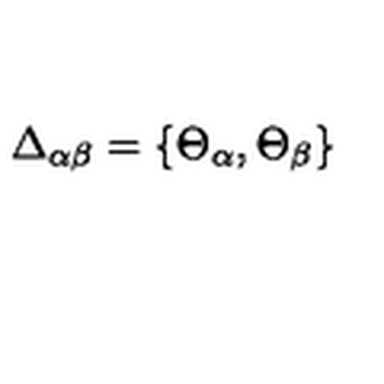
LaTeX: \Delta _ { \alpha \beta } = \{ \Theta _ { \alpha } , \Theta _ { \beta } \}